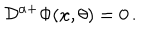
{ \cal D } ^ { \alpha + } \Phi ( x , \theta ) = 0 \, .